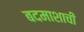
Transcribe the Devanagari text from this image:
बदमाशाची